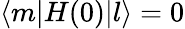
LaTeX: \langle m|H(0)|l\rangle=0